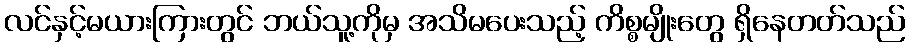
လင်နှင့်မယားကြားတွင် ဘယ်သူ့ကိုမှ အသိမပေးသည့် ကိစ္စမျိုးတွေ ရှိနေတတ်သည်